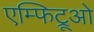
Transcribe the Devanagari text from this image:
एम्फिट्रूओ